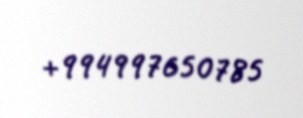
+994997650785